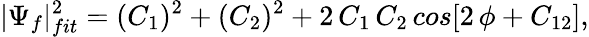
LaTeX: |\Psi_{f}|_{fit}^{2}=(C_{1})^{2}+(C_{2})^{2}+2\, C_{1}\, C_{2}\, cos[2\, \phi+C_{12}],